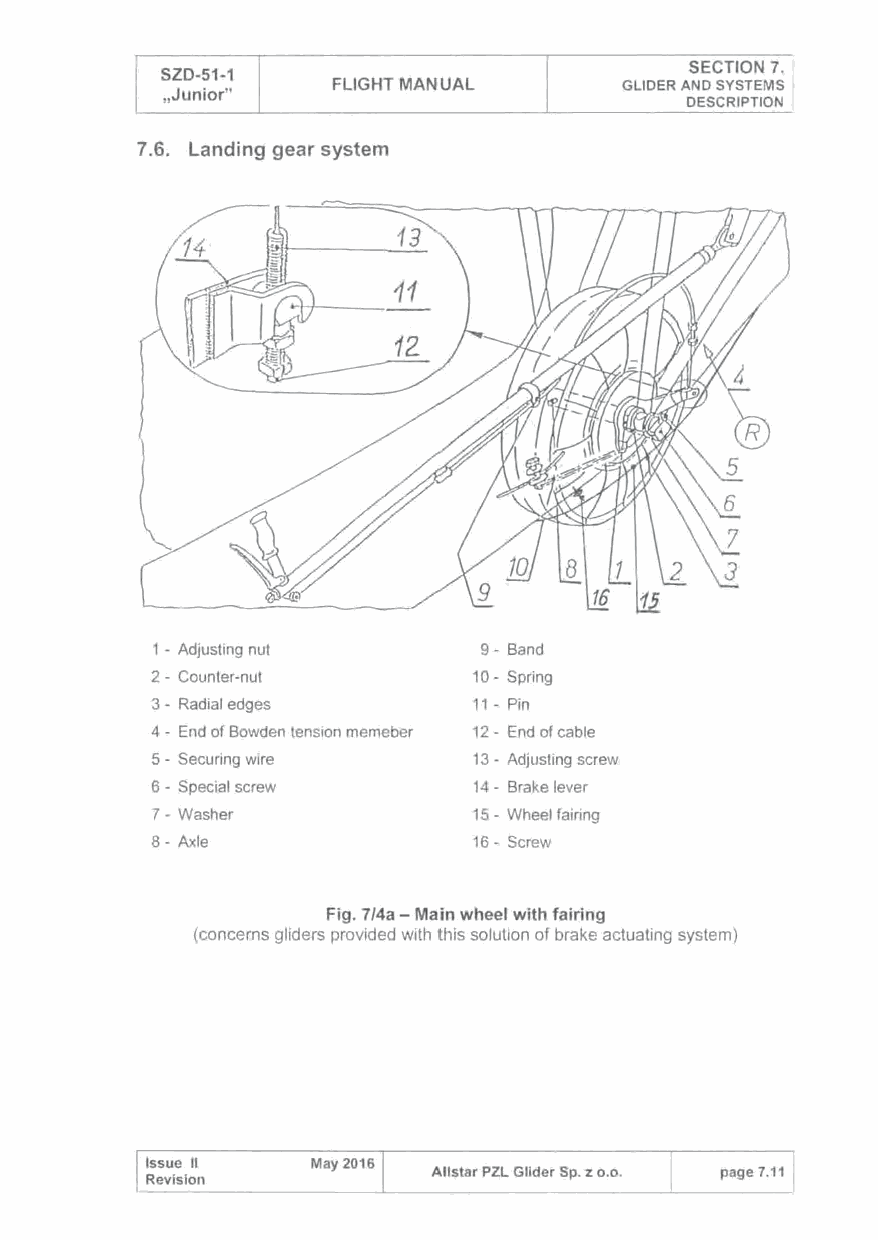
SECTION 7.
 SZD-51-1
 FLIGHT MANUAL      GLIDER AND SYSTEMS
 ,Junior"
 DESCRIPTION
 7.6. Landing gear system
 1 - Adjusting nut     9- Band
 2 - Counter-nut      10- Spring
 3 - Radial edges     11 - Pin
 4 - End of Bowden tension memeber 12 - End of cable
 5 - Securing wire    13- Adjusting screw
 6 - Special screw     14 - Brake lever
 7- Washer            15 - Wheel fairing
 8- Axle              16- Screw
 Fig. 7/4a-Main wheel with fairing
 (concerns gliders provided with this solution of brake actuating system)
 Issue 11   May 2016
 All star PZL Glider Sp. z o.o. page 7.11
 Revision